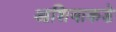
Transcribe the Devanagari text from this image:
आशियाकडे